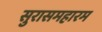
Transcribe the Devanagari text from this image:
सुरासमहारम